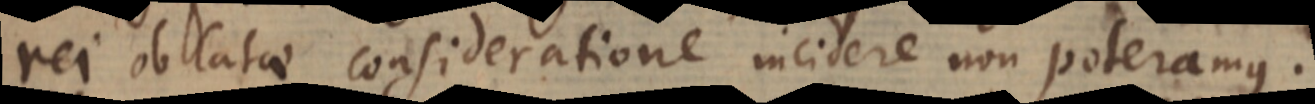
rei oblatae consideratione incidere non poteramus.